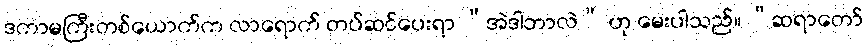
ဒကာမကြီးတစ်ယောက်က လာရောက် တပ်ဆင်ပေးရာ “အဲဒါဘာလဲ” ဟု မေးပါသည်။ “ဆရာတော်